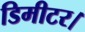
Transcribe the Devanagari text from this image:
डिमीटर।